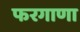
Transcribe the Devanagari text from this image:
फरगाणा